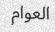
العوام